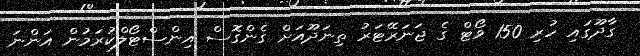
ގާދޫގައި ހުރި 150 ވޯޓް ގެ ޖަނަރޭޓަރު ތިނަދޫއަށް ގެންގޮސް އިންސްޓޯލްކުރަމުން އަންނަ